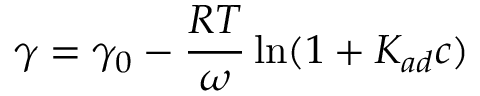
\gamma = \gamma _ { 0 } - { \frac { R T } { \omega } } \ln ( 1 + K _ { a d } c )